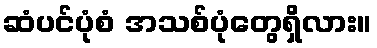
ဆံပင်ပုံစံ အသစ်ပုံတွေရှိလား။